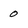
Character: 0